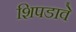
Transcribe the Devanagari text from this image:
शिपडावे